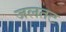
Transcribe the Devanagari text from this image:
जलतट